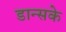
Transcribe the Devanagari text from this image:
डान्सके